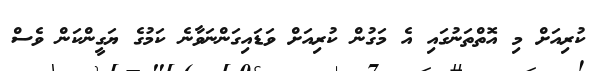
ކުރިއަށް މި އޮތްތަނުގައި އެ މަގުން ކުރިއަށް ވަޑައިގަންނަވާނެ ކަމުގެ ޔަގީންކަން ވެސް